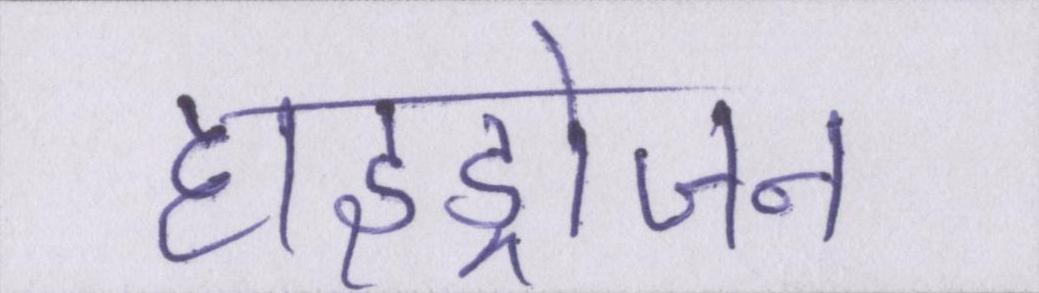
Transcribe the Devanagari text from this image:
हाइड्रोजन